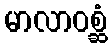
မာလာဝစ္ဆံ